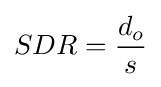
SDR={\frac {d_{o}}{s}}